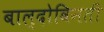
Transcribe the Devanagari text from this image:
बाल्दोविनती